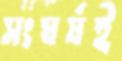
সংঘর্ষই